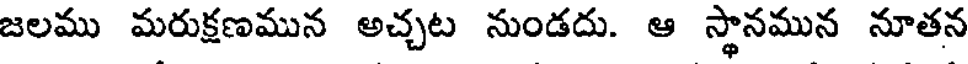
జలము మరుక్షణమున అచ్చట నుండదు. ఆ స్థానమున నూతన